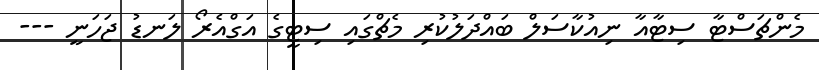
މެންޗަސްޓާ ސިޓާއާ ނިއުކާސަލް ބައްދަލުކުރި މެޗްގައި ސިޓީގެ އަގްއެރޯ ލަނޑު ޖަހަނީ ---